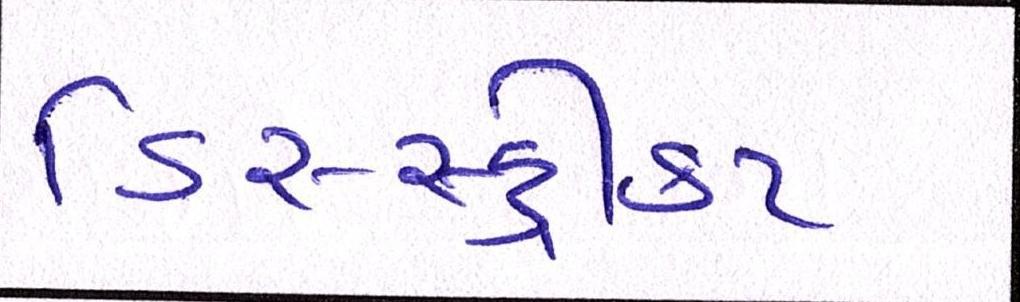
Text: ડિસ્સ્ટ્રીક્ટ